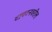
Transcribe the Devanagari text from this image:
टायटनवरील